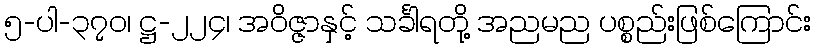
၅-ပါ-၃၇၀၊ ဋ္ဌ-၂၂၄၊ အဝိဇ္ဇာနှင့် သင်္ခါရတို့ အညမည ပစ္စည်းဖြစ်ကြောင်း